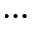
. . .